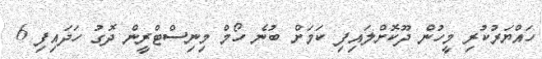
ހައްޔަރުކުރި މީހުން ދޫކޮށްލައިފި ކަމަށް ބުނެ ހޯމް މިނިސްޓްރީން ދޮގު ހަދައިފި 6